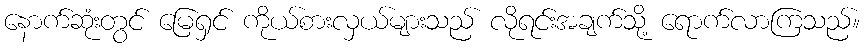
နောက်ဆုံးတွင် မြေရှင် ကိုယ်စားလှယ်များသည် လိုရင်းအချက်သို့ ရောက်လာကြသည်။